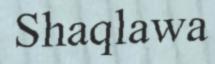
Shaqlawa